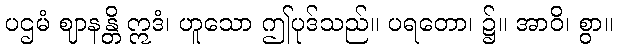
ပဌမံ ဈာနန္တိ ဣဒံ၊ ဟူသော ဤပုဒ်သည်။ ပရတော၊ ၌။ အာဝိ၊ စွာ။